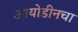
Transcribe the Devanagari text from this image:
आयोडीनचा